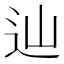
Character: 辿